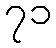
၇၁